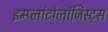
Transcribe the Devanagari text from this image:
इम्प्लांटोलॉजिस्ट्स